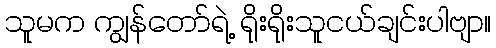
သူမက ကျွန်တော်ရဲ့ ရိုးရိုးသူငယ်ချင်းပါဗျာ။